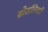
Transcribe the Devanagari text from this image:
सोशलिस्टों